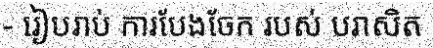
- រៀបរាប់ ការបែងចែក របស់ បរាសិត